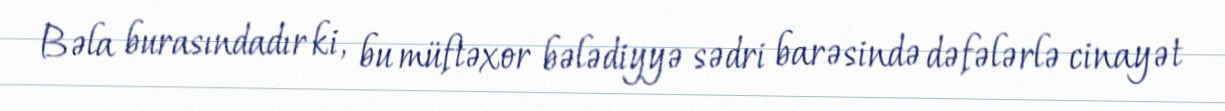
Bəla burasındadır ki, bu müftəxor bələdiyyə sədri barəsində dəfələrlə cinayət